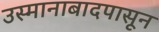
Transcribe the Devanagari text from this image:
उस्मानाबादपासून